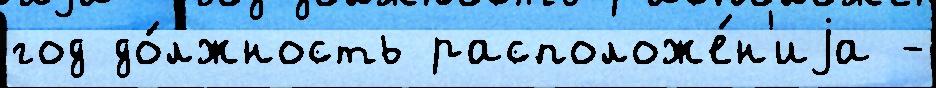
год до́лжность расположе́н'иjа -